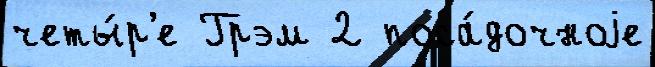
четы́р'е Грэм 2 поса́дочноjе